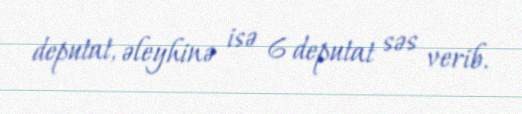
deputat, əleyhinə isə 6 deputat səs verib.